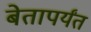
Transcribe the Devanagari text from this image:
बेतापर्यंत